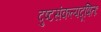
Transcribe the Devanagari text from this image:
दुष्टसंकल्पदूषितः